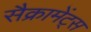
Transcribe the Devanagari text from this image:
सैक्रामेंट्स